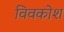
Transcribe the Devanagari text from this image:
विवकोश